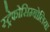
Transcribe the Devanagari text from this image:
स्ट्रेफोसिम्बोलिया